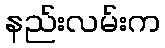
နည်းလမ်းက